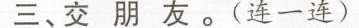
三、交朋友。(连一连)